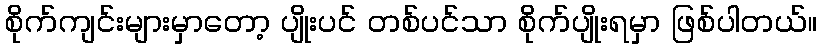
စိုက်ကျင်းများမှာတော့ ပျိုးပင် တစ်ပင်သာ စိုက်ပျိုးရမှာ ဖြစ်ပါတယ်။